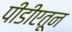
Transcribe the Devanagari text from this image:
पीडीएतून